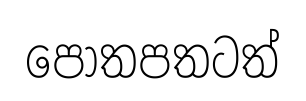
පොතපතටත්